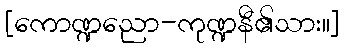
[ကောဏ္ဍညော-ကုဏ္ဍနီ၏သား။]